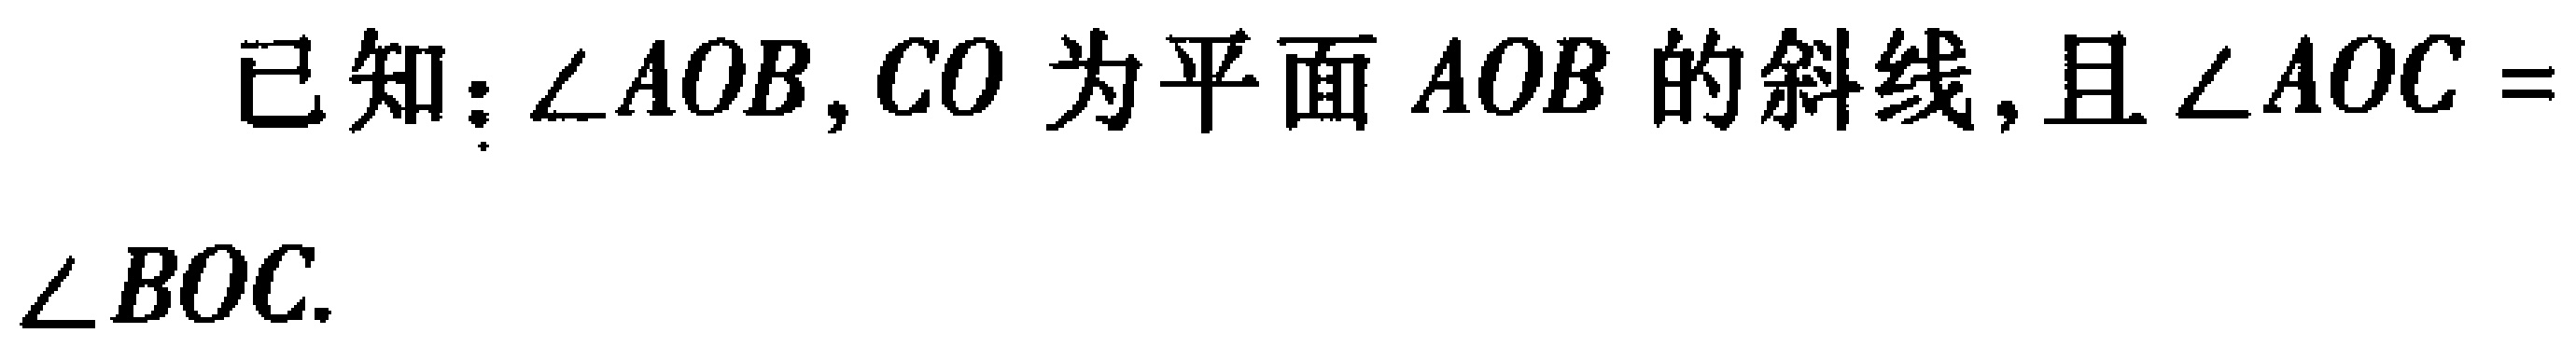
已知：$\angle AOB$，$CO$ 为平面 $AOB$ 的斜线，且 $\angle AOC = \angle BOC.$